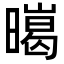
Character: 㬞